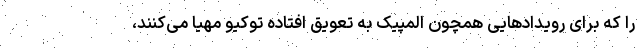
را که برای رویدادهایی همچون المپیک به تعویق افتاده توکیو مهیا می‌کنند،